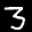
Label: 3